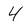
Character: 4